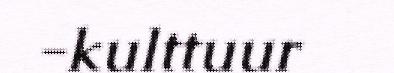
-kulttuur